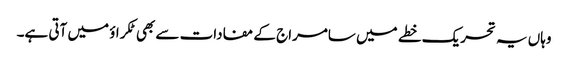
وہاں یہ تحریک خطے میں سامراج کے مفادات سے بھی ٹکراؤ میں آتی ہے۔